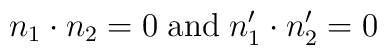
n_1 \cdot n_2 = 0 \; {\rm and} \; n_1^{\prime} \cdot n_2^{\prime} = 0